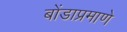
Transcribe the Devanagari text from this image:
बोंडाप्रमाणे